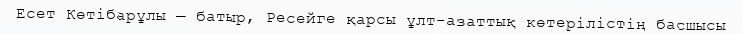
Есет Көтібарұлы — батыр, Ресейге қарсы ұлт-азаттық көтерілістің басшысы